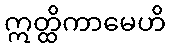
ဣတ္ထိကာမေဟိ